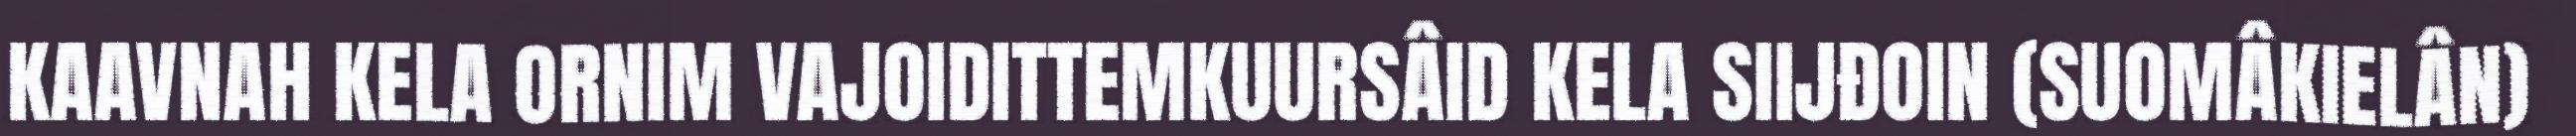
KAAVNAH KELA ORNIM VAJOIDITTEMKUURSÂID KELA SIIJĐOIN (SUOMÂKIELÂN)